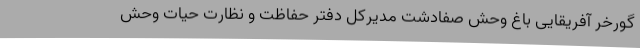
گورخر آفریقایی باغ وحش صفادشت مدیرکل دفتر حفاظت و نظارت حیات وحش